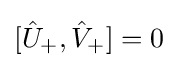
[{\hat {U}}_{+},{\hat {V}}_{+}]=0